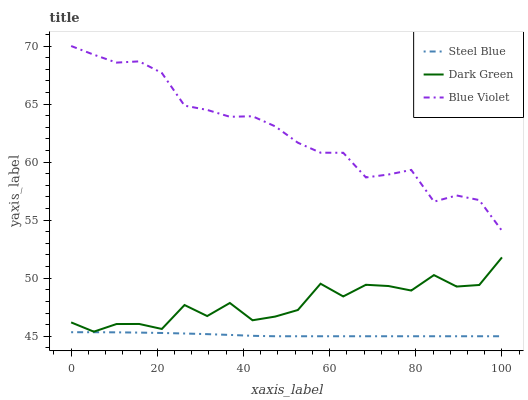
| xaxis_label | Steel Blue | Dark Green | Blue Violet |
 | --- | --- | --- | --- |
 | 0 | 45.3 | 46.2 | 70 |
 | 5.26 | 45.3 | 45.4 | 69.3 |
 | 10.5 | 45.3 | 46.1 | 68.6 |
 | 15.8 | 45.3 | 46.1 | 68.7 |
 | 21.1 | 45.3 | 45.6 | 67.7 |
 | 26.3 | 45.2 | 47.7 | 64.9 |
 | 31.6 | 45.2 | 46.7 | 64.5 |
 | 36.8 | 45.1 | 47.9 | 63.9 |
 | 42.1 | 45 | 46.4 | 63.9 |
 | 47.4 | 45 | 46.7 | 63.1 |
 | 52.6 | 45 | 47.3 | 61.7 |
 | 57.9 | 45 | 49.5 | 60.8 |
 | 63.2 | 45 | 48.4 | 60.8 |
 | 68.4 | 45 | 49.4 | 58.7 |
 | 73.7 | 45 | 49.3 | 58.9 |
 | 78.9 | 45 | 48.9 | 59.3 |
 | 84.2 | 45 | 50.3 | 56.6 |
 | 89.5 | 45 | 49.3 | 57.1 |
 | 94.7 | 45 | 49.4 | 56.7 |
 | 100 | 45 | 51.8 | 54.1 |